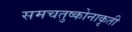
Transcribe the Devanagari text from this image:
समचतुष्कोनाकृती